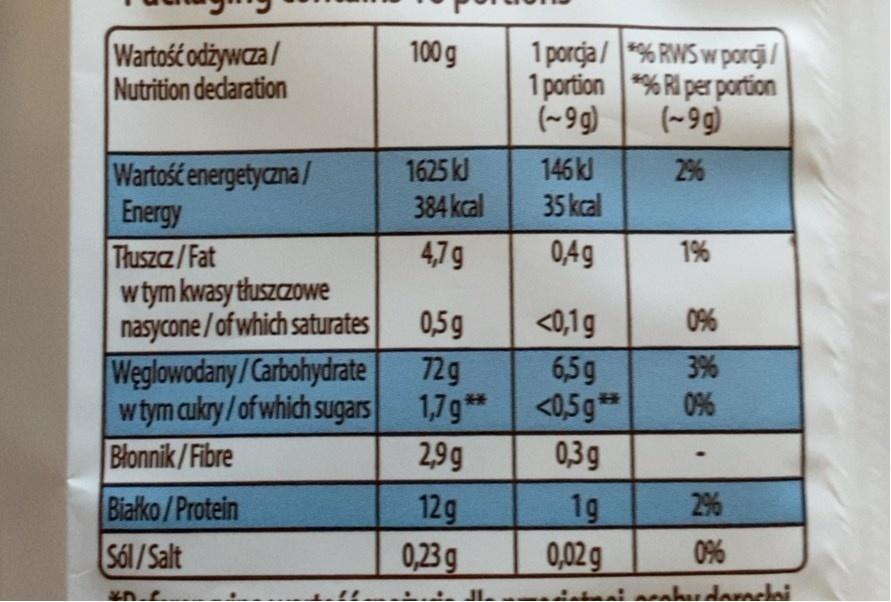
Wartość odżywaza / Nutrition dedaration
1 porcja/*% RWS w porcji / 1 portion *% Rl per portion (~9g)
100 g
(~9g)
146 kl
1625 kJ 384 kcal
Wartość energetyczna/ Energy Tłuszcz/Fat wtym kwasy tłuszczowe nasycone/of which saturates Weglowodany/Carbohydrate wtym cukry/of which sugars 1,7g** Błonnik/Fibre
29%
35 kcal
4,7g
0,4g
1%
0,5g
<0,1g
0%
6,5g <0,5g** 0,3g
72g
3%
0%
%23
2,9g
2%
Białko/Protein Sól/Salt
12g
1g
0,23 g
0,02g
0%
doraclai